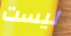
ليست